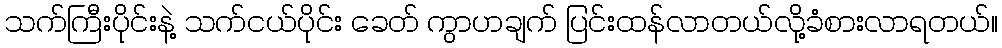
သက်ကြီးပိုင်းနဲ့ သက်ငယ်ပိုင်း ခေတ် ကွာဟချက် ပြင်းထန်လာတယ်လို့ခံစားလာရတယ်။